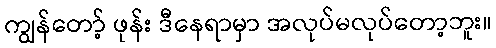
ကျွန်တော့် ဖုန်း ဒီနေရာမှာ အလုပ်မလုပ်တော့ဘူး။